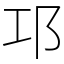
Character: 邛